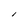
Character: i